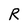
Character: R